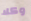
وكلا